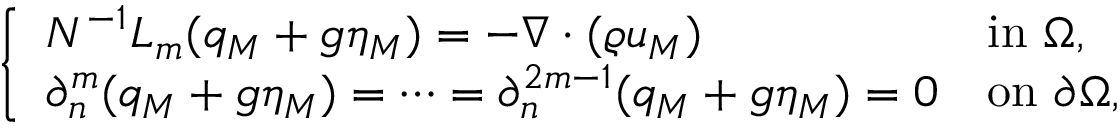
\left\{ \begin{array} { l l } { N ^ { - 1 } L _ { m } ( q _ { M } + \mathfrak { g } \eta _ { M } ) = - \nabla \cdot ( \varrho u _ { M } ) } & { \mathrm { i n ~ } \Omega , } \\ { \partial _ { n } ^ { m } ( q _ { M } + \mathfrak { g } \eta _ { M } ) = \cdots = \partial _ { n } ^ { 2 m - 1 } ( q _ { M } + \mathfrak { g } \eta _ { M } ) = 0 } & { \mathrm { o n ~ } \partial \Omega , } \end{array} \right.